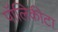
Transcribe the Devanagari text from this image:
पॉलिकीटा